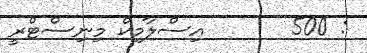
: 500       އިސްލާމިކް މިނިސްޓްރީ